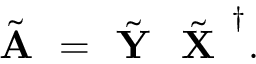
\tilde { \textbf { A } } = \tilde { \textbf { Y } } \tilde { \textbf { X } } ^ { \dagger } .